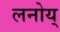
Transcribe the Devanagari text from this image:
लनोय्